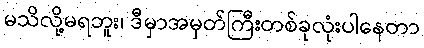
မသိလို့မရဘူး၊ ဒီမှာအမှတ်ကြီးတစ်ခုလုံးပါနေတာ